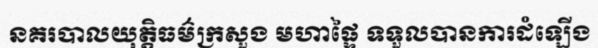
នគរបាលយុត្តិធម៌ក្រសួង មហាផ្ទៃ ទទួលបានការដំឡើង